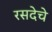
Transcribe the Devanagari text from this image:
रसदेचे